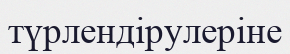
түрлендірулеріне